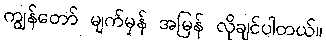
ကျွန်တော် မျက်မှန် အမြန် လိုချင်ပါတယ်။